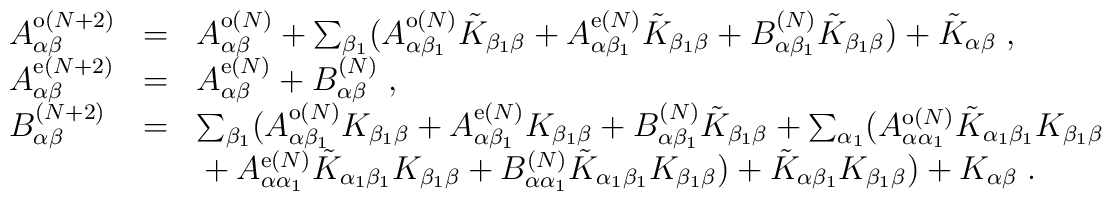
\begin{array}{lll}A^{{\rm o}(N+2)}_{\alpha\beta}&=&A^{{\rm o}(N)}_{\alpha\beta}+\sum_{\beta_{1}}(A^{{\rm o}(N)}_{\alpha\beta_{1}}\tilde{K}_{\beta_{1}\beta}+A^{{\rm e}(N)}_{\alpha\beta_{1}}\tilde{K}_{\beta_{1}\beta}+B^{(N)}_{\alpha\beta_{1}}\tilde{K}_{\beta_{1}\beta})+\tilde{K}_{\alpha\beta}\;,\\A^{{\rm e}(N+2)}_{\alpha\beta}&=&A^{{\rm e}(N)}_{\alpha\beta}+B^{(N)}_{\alpha\beta}\;,\\B^{(N+2)}_{\alpha\beta}&=&\sum_{\beta_{1}}(A^{{\rm o}(N)}_{\alpha\beta_{1}}K_{\beta_{1}\beta}+A^{{\rm e}(N)}_{\alpha\beta_{1}}K_{\beta_{1}\beta}+B^{(N)}_{\alpha\beta_{1}}\tilde{K}_{\beta_{1}\beta}+\sum_{\alpha_{1}}(A^{{\rm o}(N)}_{\alpha\alpha_{1}}\tilde{K}_{\alpha_{1}\beta_{1}}K_{\beta_{1}\beta}\\& &\mbox{}+A^{{\rm e}(N)}_{\alpha\alpha_{1}}\tilde{K}_{\alpha_{1}\beta_{1}}K_{\beta_{1}\beta}+B^{(N)}_{\alpha\alpha_{1}}\tilde{K}_{\alpha_{1}\beta_{1}}K_{\beta_{1}\beta})+\tilde{K}_{\alpha\beta_{1}}K_{\beta_{1}\beta})+K_{\alpha\beta}\;.\end{array}